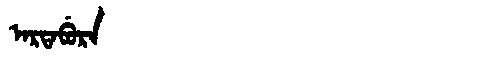
Manchu: ᠠᡵᡨᠠᠪᡠᡵᠠ
Romanization: ARTABURA